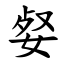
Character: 㛑